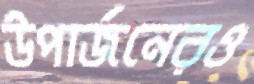
উপার্জনেরও